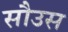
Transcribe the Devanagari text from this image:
सौउस